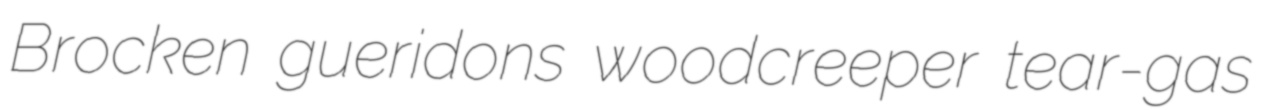
Brocken gueridons woodcreeper tear-gas